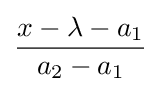
{\frac {x-\lambda -a_{1}}{a_{2}-a_{1}}}